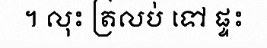
។ លុះ ត្រលប់ ទៅ ផ្ទះ